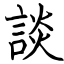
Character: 談